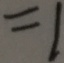
= 1